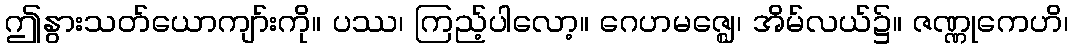
ဤနွားသတ်ယောကျာ်းကို။ ပဿ၊ ကြည့်ပါလော့။ ဂေဟမဇ္ဈေ၊ အိမ်လယ်၌။ ဇဏ္ဏုကေဟိ၊